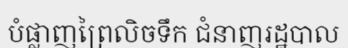
បំផ្លាញព្រៃលិចទឹក ជំនាញរដ្ឋបាល